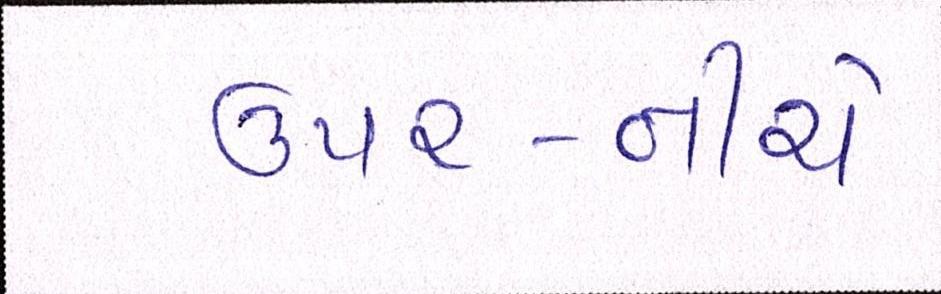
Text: ઉપર-નીચે